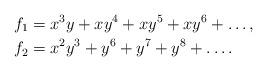
LaTeX: \begin{align*}f_1 &= x^3y+xy^4+xy^5+xy^6+\dots,\\f_2 &= x^2y^3+y^6+y^7+y^8+\dots.\end{align*}